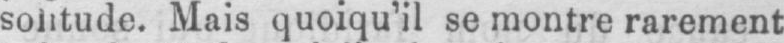
solitude. Mais quoiqu’il se montre rarement